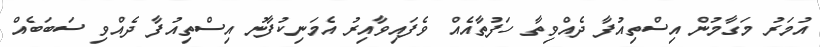
އުމަރު މަގާމުން އިސްތިއުފާ ދެއްވިތާ ހަފުތާއެއް ވެފައިވާއިރު އެމަނިކުފާނު އިސްތިއުފާ ދެއްވި ސަބަބެއް